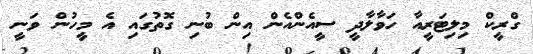
ގްރީކް މިލިޓަރީއާ ހަވާލާދީ ސީއެންއެން އިން ބުނި ގޮތުގައި އެ މީހުން ވަނީ